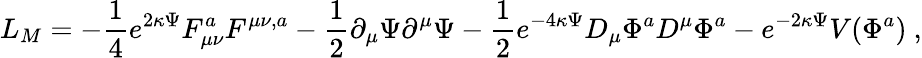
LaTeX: L_{M}=-\frac{1}{4}e^{2\kappa\Psi}F_{\mu\nu}^{a}F^{\mu\nu,a}-\frac{1}{2}\partial_{\mu}\Psi\partial^{\mu}\Psi-\frac{1}{2}e^{-4\kappa\Psi}D_{\mu}\Phi^{a}D^{\mu}\Phi^{a}-e^{-2\kappa\Psi}V(\Phi^{a})\ ,